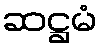
ဆဋ္ဌမံ